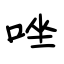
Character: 唑